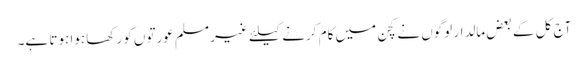
آج کل کے بعض مالدار لوگوں نے کچن میں کام کرنے کیلئے غیر مسلم عورتوں کو رکھا ہوا ہوتا ہے۔